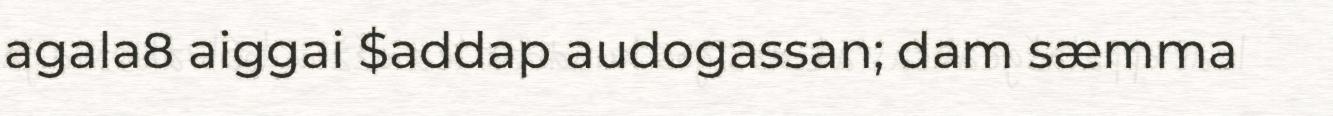
agala8 aiggai $addap audogassan; dam sæmma